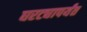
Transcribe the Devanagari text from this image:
घरट्यापर्यंत